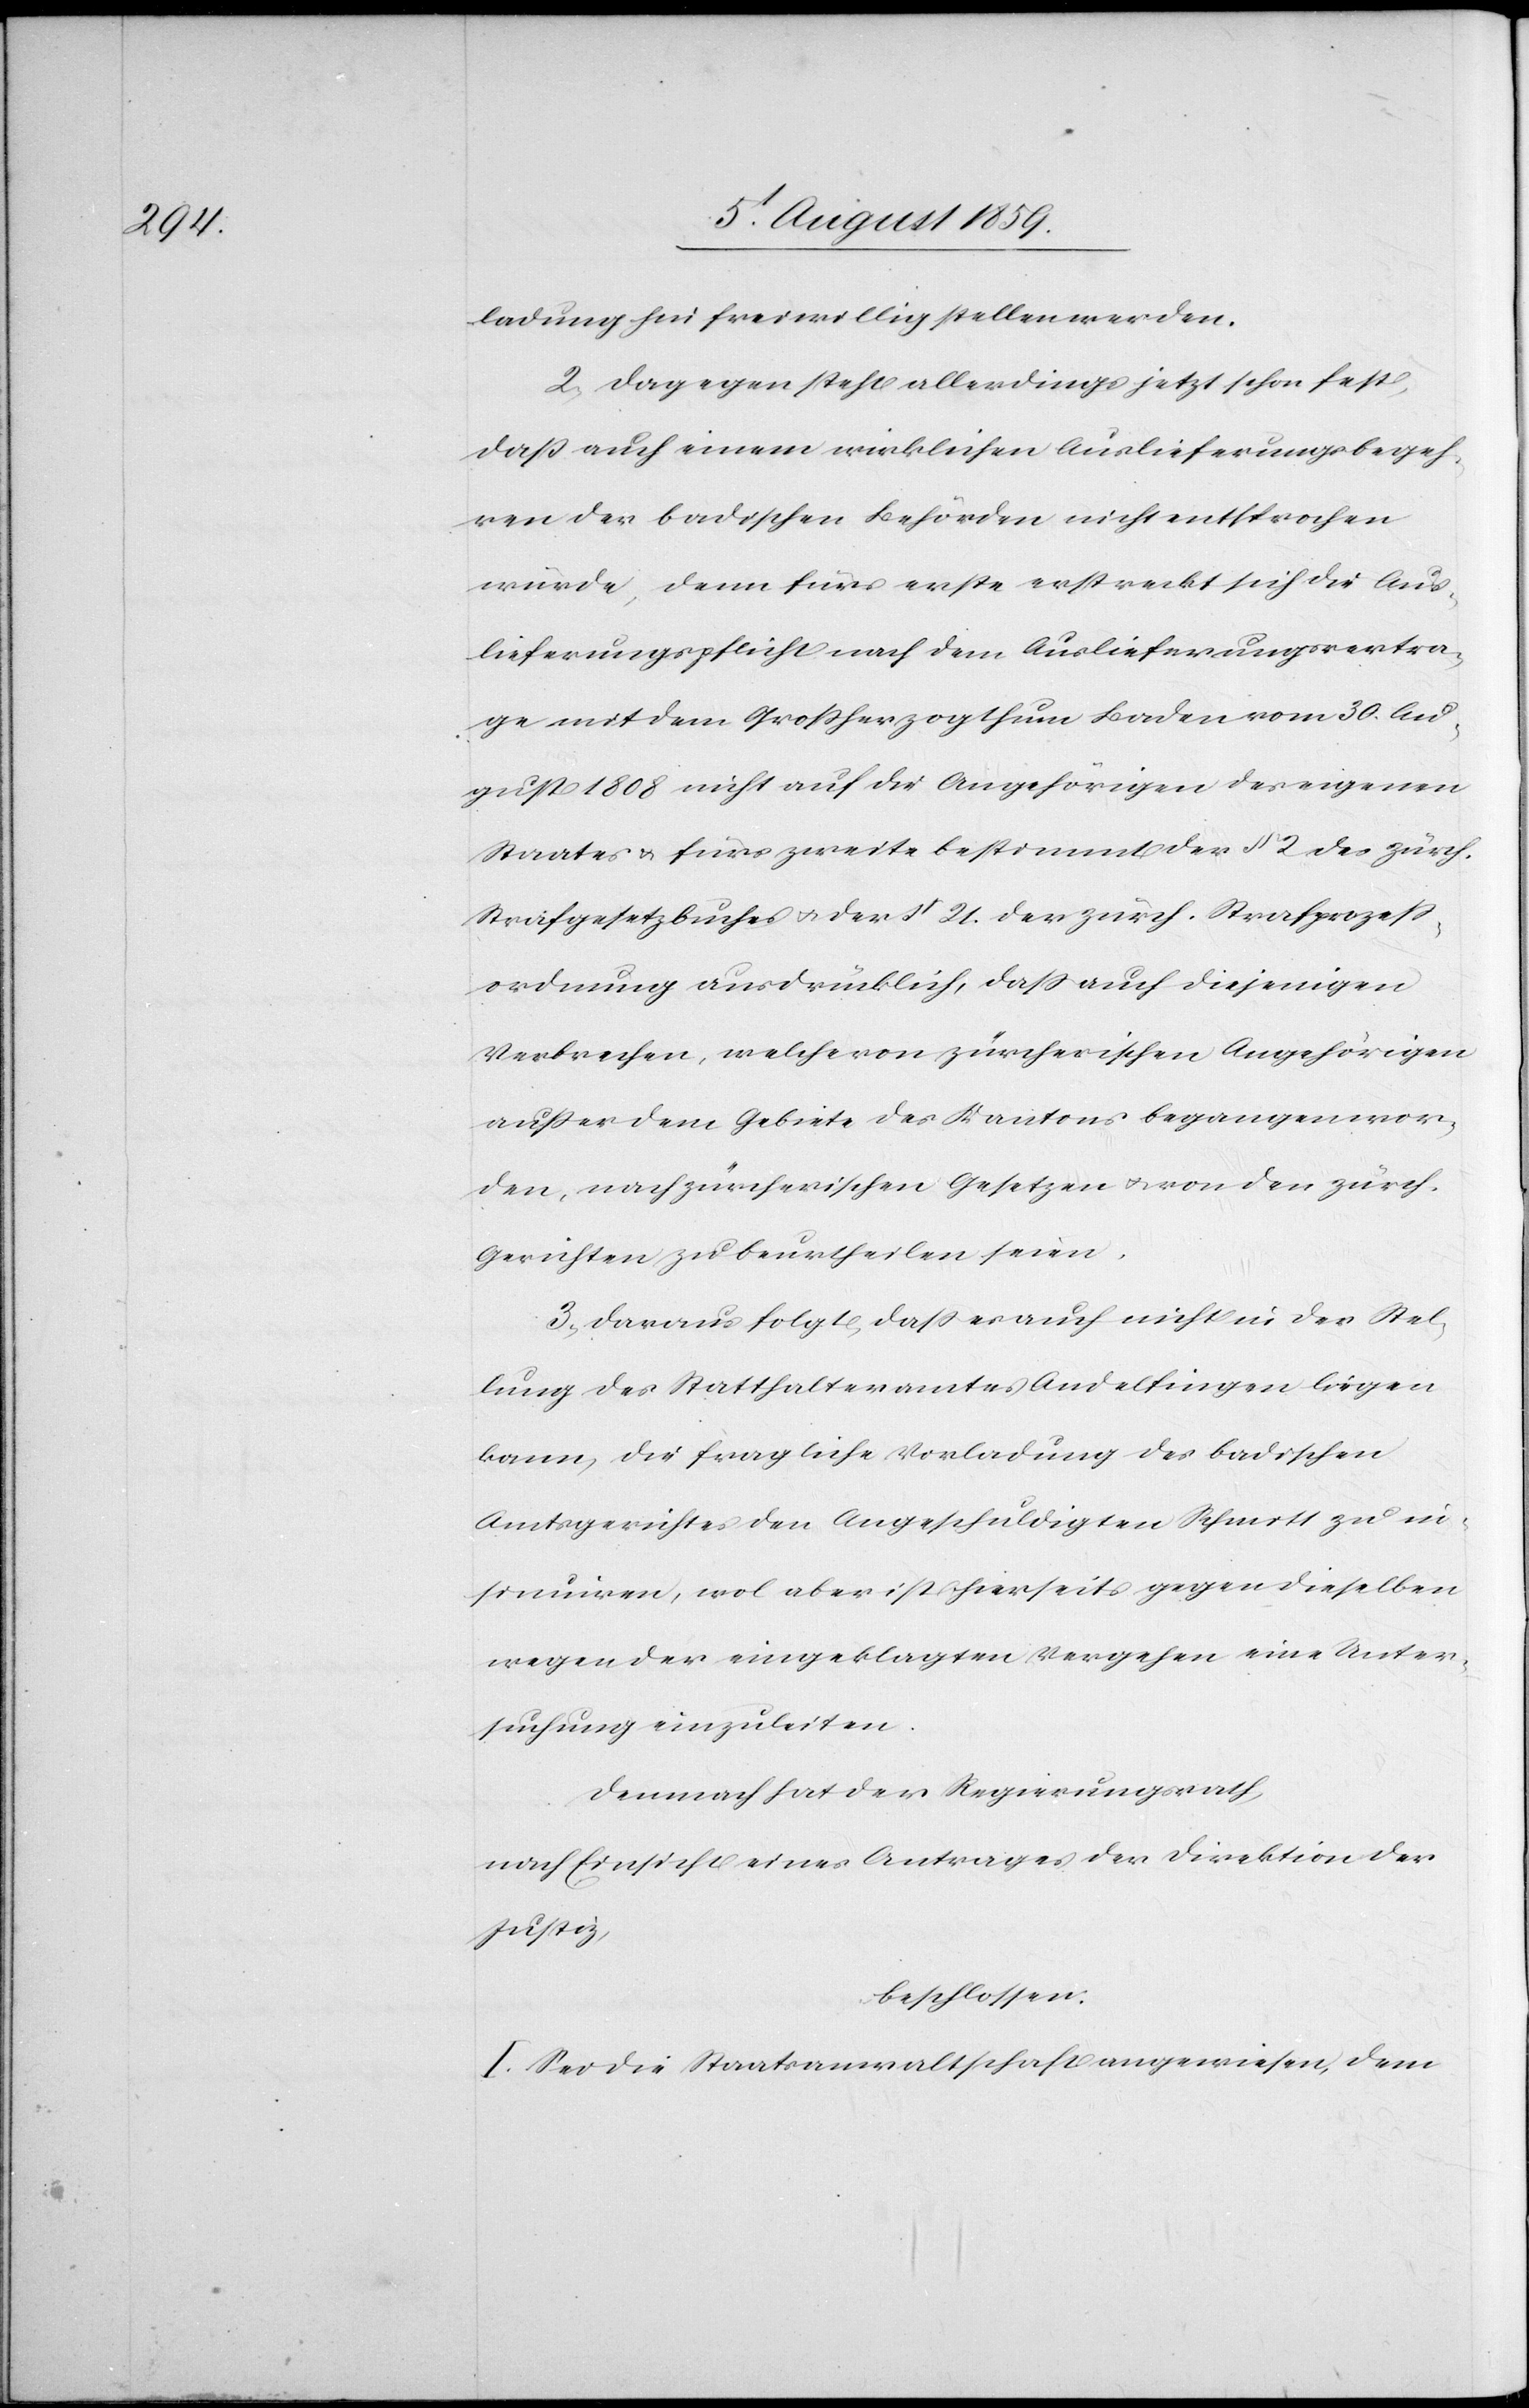
ladung hin freiwillig stellen werden.
2. Dagegen steht allerdings jetzt schon fest,
daß auch einem wirklichen Auslieferungsbegeh¬
ren der badischen Behörden nicht entsprochen
würde, denn für erste erstreckt sich die Aus¬
lieferungspflicht nach dem Auslieferungsvertra¬
ge mit dem Großherzogthum Baden vom 30. Au¬
gust 1808 nicht auf die Angehörigen des eigenen
Staates u. fürs zweite bestimmt der § 2 des zürch.
Strafgesetzbuches u. der § 21. der zürch. Strafprozeß¬
ordnung ausdrücklich, daß auch diejenigen
Verbrechen, welche von zürcherischen Angehörigen
außer dem Gebiete des Kantons begangen wor¬
den, nach zürcherischen Gesetzen u. von den zürch.
Gerichten zu beurtheilen seien.
3. Daraus folgt, daß es auch nicht in der Stel¬
lung des Statthalteramtes Andelfingen liegen
kann, die fragl. Vorladung des badischen
Amtsgerichtes den Angeschuldigten Schmitt zu in¬
sinuiren, wol aber ist hierseits gegen dieselben
wegen der eingeklagten Vergehen eine Unter¬
suchung einzuleiten.
Demnach hat der Regierungsrath,
nach Einsicht eines Antrages der Direktion der
Justiz,
beschlossen:
I. Sei die Staatsanwaltschaft angewiesen, dem